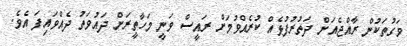
ވަގުތަކުން ރާއްޖެއަށް ދަތުރުފުޅެއް ކުރެއްވުމަށް ރައީސް ވަނީ މަހާތީރަށް ދައުވަތު ދެއްވައިފަ އެވެ.